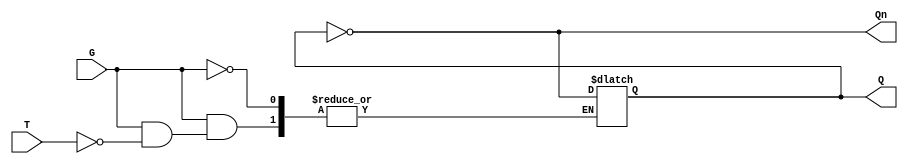
module Gated_T_Latch (
    input wire T,      // Toggle Input
    input wire G,      // Gate Signal
    output reg Q,      // Output
    output wire Qn     // Complement Output
);

// Complement of Q
assign Qn = ~Q;

// Always block that describes the behavior of the Gated T Latch
always @* begin
    if (G) begin
        if (T) begin
            Q = ~Q;  // Toggle the output if T is high
        end else begin
            Q = Q;   // Hold the output if T is low
        end
    end else begin
        Q = Q;       // Hold the output if G is low
    end
end

endmodule